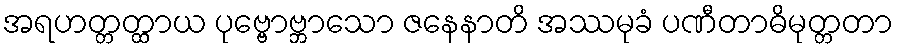
အရဟတ္တတ္ထာယ ပုဗ္ဗောဗ္ဘာသော ဇနေနာတိ အဿမုခံ ပဏီတာဓိမုတ္တတာ